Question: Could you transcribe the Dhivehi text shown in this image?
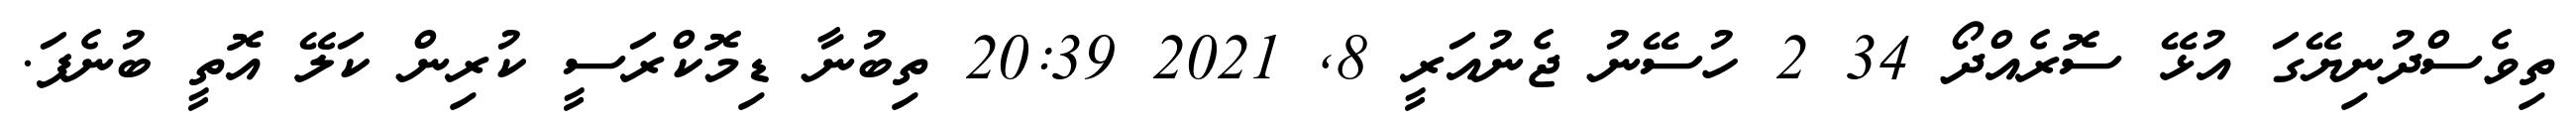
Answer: ތިވެސްދުނިޔޭގަ އުޅޭ ސޮރެއްދޯ 34 2 ހުސޭނު ޖެނުއަރީ 8, 2021 20:39 ތިބުނާ ޑިމޮކްރަސީ ކުރިން ކަލޭ އޮތީ ބުނެފަ.